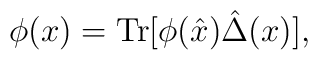
\phi(x)=\mathrm{Tr}[\phi(\hat{x})\hat{\Delta}(x)],